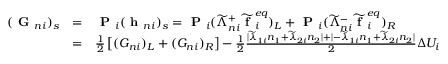
\begin{array} { r } { \begin{array} { l c l } { ( \textbf { G } _ { n i } ) _ { s } } & { = } & { \textbf { P } _ { i } ( \textbf { h } _ { n i } ) _ { s } = \textbf { P } _ { i } ( \widetilde { \Lambda } _ { n i } ^ { + } \widetilde { \textbf { f } } _ { i } ^ { e q } ) _ { L } + \textbf { P } _ { i } ( \widetilde { \Lambda } _ { n i } ^ { - } \widetilde { \textbf { f } } _ { i } ^ { e q } ) _ { R } } \\ & { = } & { \frac { 1 } { 2 } \left[ ( G _ { n i } ) _ { L } + ( G _ { n i } ) _ { R } \right] - \frac { 1 } { 2 } \frac { | \widetilde { \lambda } _ { 1 i } n _ { 1 } + \widetilde { \lambda } _ { 2 i } n _ { 2 } | + | - \widetilde { \lambda } _ { 1 i } n _ { 1 } + \widetilde { \lambda } _ { 2 i } n _ { 2 } | } { 2 } \Delta U _ { i } } \end{array} } \end{array}